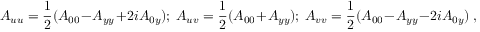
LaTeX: A _ { u u } = { \frac { 1 } { 2 } } ( A _ { 0 0 } - A _ { y y } + 2 i A _ { 0 y } ) ; ~ A _ { u v } = { \frac { 1 } { 2 } } ( A _ { 0 0 } + A _ { y y } ) ; ~ A _ { v v } = { \frac { 1 } { 2 } } ( A _ { 0 0 } - A _ { y y } - 2 i A _ { 0 y } ) ~ ,